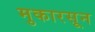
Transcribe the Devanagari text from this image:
मुकारसून